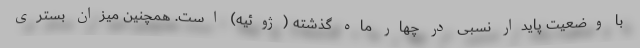
با وضعیت پایدار نسبی در چهار ماه گذشته (ژوئیه) است. همچنین میزان بستری